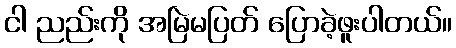
ငါ ညည်းကို အမြဲမပြတ် ပြောခဲ့ဖူးပါတယ်။